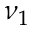
\nu _ { 1 }